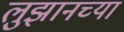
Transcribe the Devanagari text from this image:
लुझानच्या